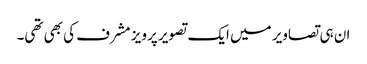
ان ہی تصاویر میں ایک تصویر پرویز مشرف کی بھی تھی۔